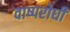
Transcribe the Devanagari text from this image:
वाष्परोधी